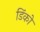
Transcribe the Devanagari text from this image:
डिंको